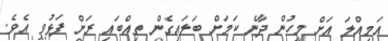
އަމިއްލަ އަށް މީހުން ދާނެ ކަމަށް ބަލައިގެން ތިއްބައި ރަށް ފަޅުވީ އެވެ.